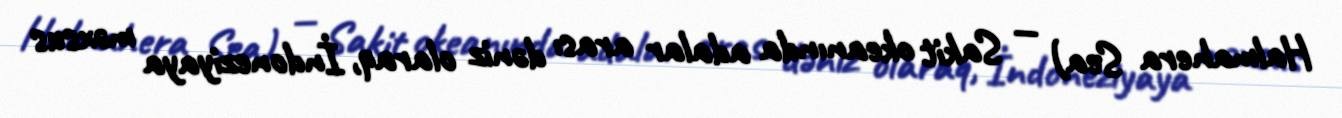
Halmahera Sea) — Sakit okeanında adalar arası dəniz olaraq, İndoneziyaya məxsus